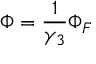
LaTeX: \Phi = \frac { 1 } { \gamma _ { 3 } } \Phi _ { F }